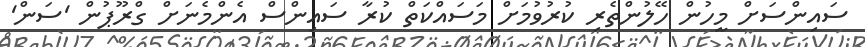
ސައިންސަށް މީހުން ހޭލުންތެރި ކުރުވުމަށް މަސައްކަތް ކުރާ ސައިންސް އެންމެނަށް ގްރޫޕުން 'ސަން'